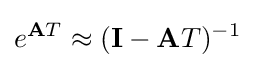
e^{\mathbf {A} T}\approx (\mathbf {I} -\mathbf {A} T)^{-1}